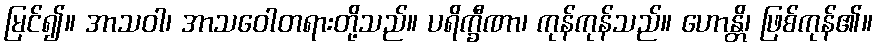
မြင်၍။ အာသဝါ၊ အာသဝေါတရားတို့သည်။ ပရိက္ခီဏာ၊ ကုန်ကုန်သည်။ ဟောန္တိ၊ ဖြစ်ကုန်၏။